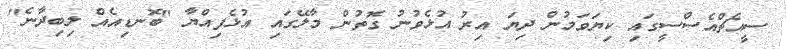
ސީއެޗްއެސްސީގައި ކިޔަވަމުން ދިޔަ އިރު އުޅެވުނު ގޮތުން މާލޭގައި އުޅެފިއްޔާ "ބޮނޑިއެއް ލިބިދާނެ"